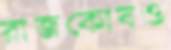
রাজকোষও